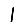
Digit: 1